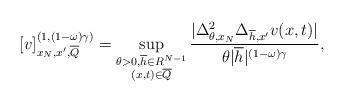
LaTeX: \begin{align*}\lbrack v]_{x_{N},x^{\prime},\overline{Q}}^{(1,(1-\omega)\gamma)}=\sup_{\substack{\theta>0,\overline{h}\in R^{N-1}\\(x,t)\in\overline{Q}}}\frac{|\Delta_{\theta,x_{N}}^{2}\Delta_{\overline{h},x^{\prime}}v(x,t)|}{\theta|\overline{h}|^{(1-\omega)\gamma}}, \end{align*}